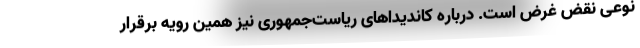
نوعی نقض غرض است. درباره کاندیداهای ریاست‌جمهوری نیز همین رویه برقرار